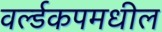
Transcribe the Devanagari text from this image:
वर्ल्डकपमधील